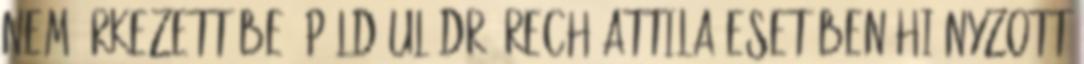
nem érkezett be. Például Dr. Rech Attila esetében hiányzott